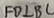
F D \bot B C